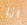
انا